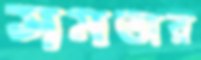
সমতার